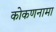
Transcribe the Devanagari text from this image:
कोकणनामा